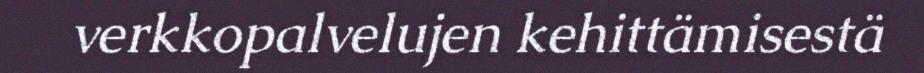
verkkopalvelujen kehittämisestä